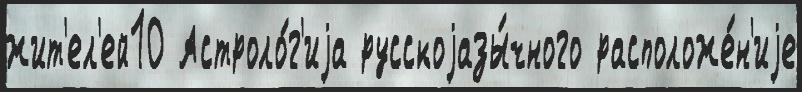
жит'ел'ей10 Астроло́г'иjа русскоjазы́чного расположе́н'иjе